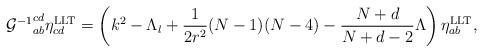
LaTeX: \begin{align*}{{\cal G}^{-1}}^{cd}_{ab}\eta^{\rm LLT}_{cd}=\left(k^{2}-\Lambda_{l}+\frac{1}{2r^{2}}(N-1)(N-4)-\frac{N+d}{N+d-2}\Lambda\right)\eta^{\rm LLT}_{ab},\end{align*}